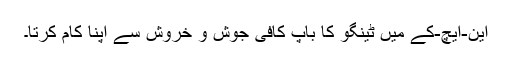
این-ایچ-کے میں ٹینگو کا باپ کافی جوش و خروش سے اپنا کام کرتا۔